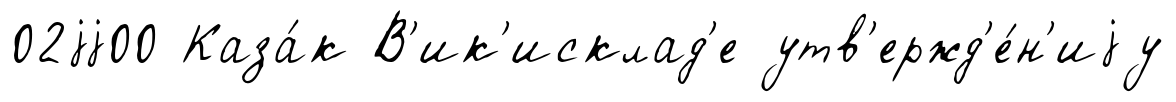
02jj00 Каза́к В'ик'исклад'е утв'ержд'е́н'иjу